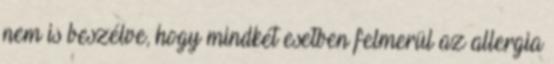
nem is beszélve, hogy mindkét esetben felmerül az allergia